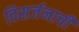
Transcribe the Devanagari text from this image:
विसर्जनाची